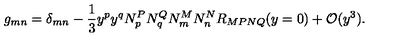
g _ { m n } = \delta _ { m n } - \frac { 1 } { 3 } y ^ { p } y ^ { q } N _ { p } ^ { P } N _ { q } ^ { Q } N _ { m } ^ { M } N _ { n } ^ { N } R _ { M P N Q } ( y = 0 ) + { \cal O } ( y ^ { 3 } ) .